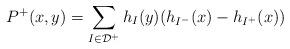
LaTeX: \begin{align*}P^+(x,y)=\sum_{I\in\mathcal{D}^+}h_I(y)(h_{I^-}(x)-h_{I^+}(x))\end{align*}